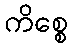
ကိစ္စေ